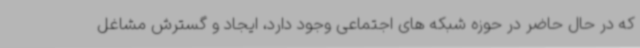
که در حال حاضر در حوزه شبکه های اجتماعی وجود دارد، ایجاد و گسترش مشاغل